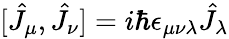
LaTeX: [\hat{J}_{\mu},\hat{J}_{\nu}]=i\hbar\epsilon_{\mu\nu\lambda}\hat{J}_{\lambda}